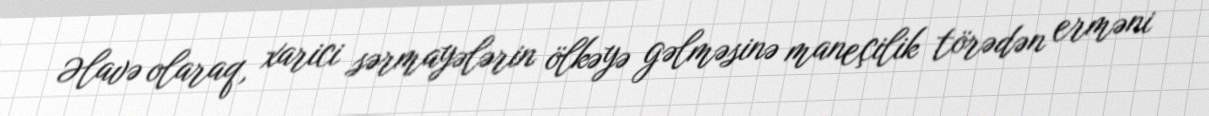
Əlavə olaraq, xarici sərmayələrin ölkəyə gəlməsinə maneçilik törədən erməni